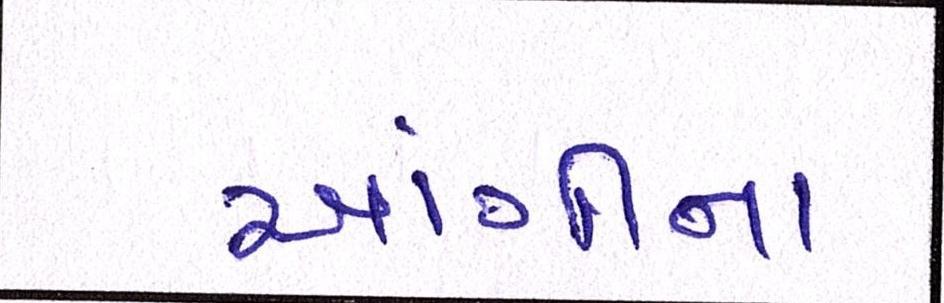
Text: આંગીના